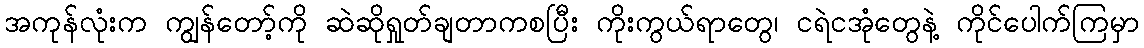
အကုန်လုံးက ကျွန်တော့်ကို ဆဲဆိုရှုတ်ချတာကစပြီး ကိုးကွယ်ရာတွေ၊ ငရဲငအုံတွေနဲ့ ကိုင်ပေါက်ကြမှာ